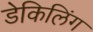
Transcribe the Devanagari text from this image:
डेकिलिंग